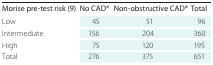
<table><thead><tr><td><b>Morise pre-test risk (9)</b></td><td><b>No CAD*</b></td><td><b>Non-obstructive CAD*</b></td><td><b>Total</b></td></tr></thead><tbody><tr><td>Low</td><td>45</td><td>51</td><td><b>96</b></td></tr><tr><td>Intermediate</td><td>156</td><td>204</td><td><b>360</b></td></tr><tr><td>High</td><td>75</td><td>120</td><td><b>195</b></td></tr><tr><td><b>Total</b></td><td><b>276</b></td><td><b>375</b></td><td><b>651</b></td></tr></tbody></table>